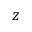
z